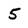
Character: 5